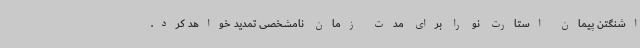
اشنگتن پیمان استارت نو را برای مدت زمان نامشخصی تمدید خواهد کرد.